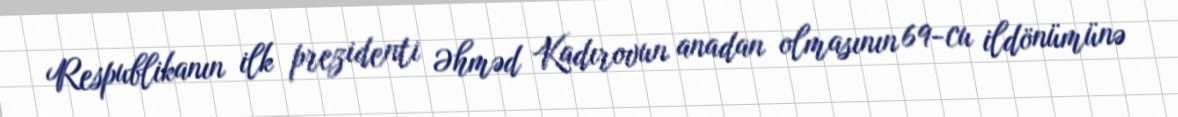
Respublikanın ilk prezidenti Əhməd Kadırovun anadan olmasının 69-cu ildönümünə